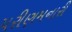
પરીણમનારી